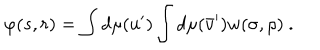
\varphi ( s , r ) = \int d \mu ( u ^ { \prime } ) \int d \mu ( \bar { v } ^ { \prime } ) w ( \sigma , \rho ) \ .